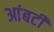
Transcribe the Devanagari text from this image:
आंबटी